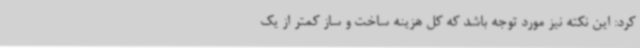
کرد: این نکته نیز مورد توجه باشد که کل هزینه ساخت و ساز کمتر از یک